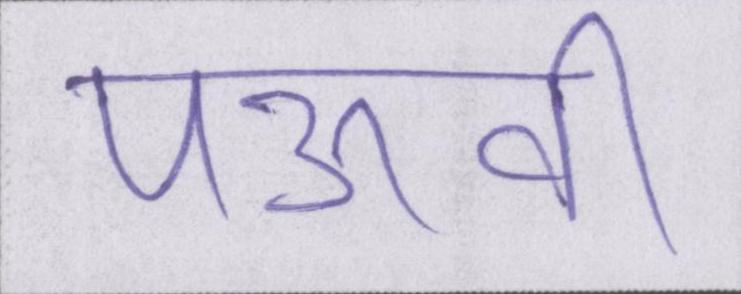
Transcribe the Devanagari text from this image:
पऊवि